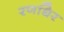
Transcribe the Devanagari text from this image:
रणधिर